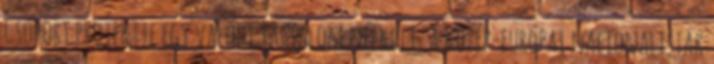
Csoport projektje egy valódi tartalom nélküli, a közép-európai nacionalisták